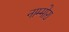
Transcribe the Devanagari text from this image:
नाम्मोरा